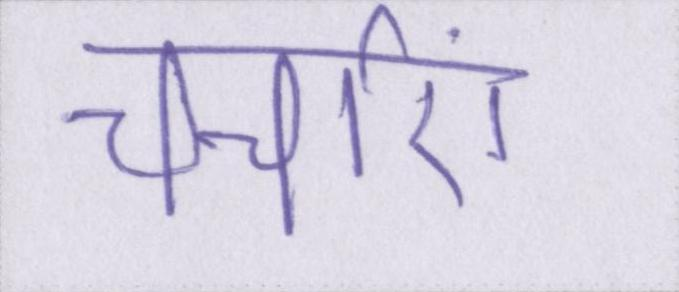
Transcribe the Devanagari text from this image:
चर्चाएं